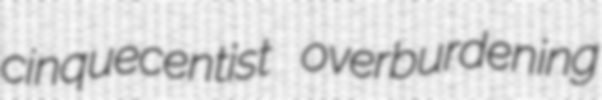
cinquecentist overburdening